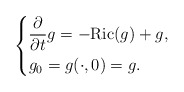
\begin{align*}\left\{\begin{aligned}&\frac{\partial}{\partial t}g=-{\rm{ Ric }}(g)+g,\\&g_0=g(\cdot,0)=g. \end{aligned} \right.\end{align*}